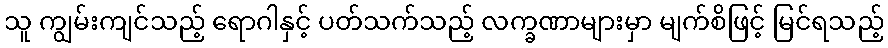
သူ ကျွမ်းကျင်သည့် ရောဂါနှင့် ပတ်သက်သည့် လက္ခဏာများမှာ မျက်စိဖြင့် မြင်ရသည့်